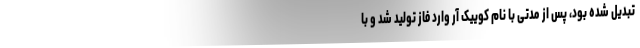
تبدیل شده بود، پس از مدتی با نام کوییک آر وارد فاز تولید شد و با